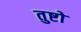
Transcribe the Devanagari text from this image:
तुष्टो